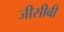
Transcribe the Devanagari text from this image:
जीसीबी